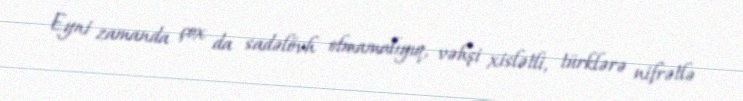
Eyni zamanda çox da sadəlövh olmamalıyıq, vəhşi xislətli, türklərə nifrətlə